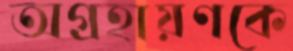
অগ্রহায়ণকে